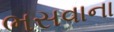
ભસવાના